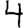
Digit: 4